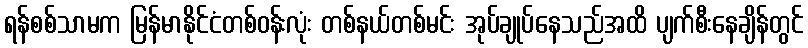
ရန်စစ်သာမက မြန်မာနိုင်ငံတစ်ဝန်းလုံး တစ်နယ်တစ်မင်း အုပ်ချုပ်နေသည်အထိ ပျက်စီးနေချိန်တွင်